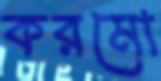
করমো